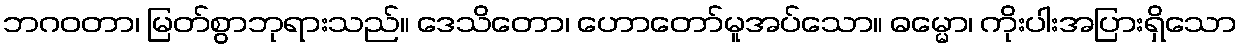
ဘဂဝတာ၊ မြတ်စွာဘုရားသည်။ ဒေသိတော၊ ဟောတော်မူအပ်သော။ ဓမ္မော၊ ကိုးပါးအပြားရှိသော